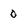
Character: 0